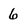
Character: 6